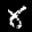
Label: 8